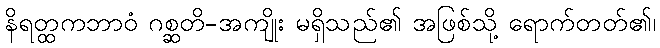
နိရတ္ထကဘာဝံ ဂစ္ဆတိ-အကျိုး မရှိသည်၏ အဖြစ်သို့ ရောက်တတ်၏၊